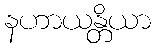
နဟာယန္တိယာ